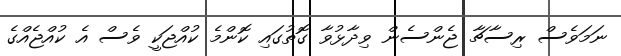
ނަމަވެސް ރިސާޗާ ޖެންސެން ވިދާޅުވާ ގޮތުގައި ކޮންމެ ކުއްޖަކީ ވެސް އެ ކުއްޖެއްގެ